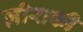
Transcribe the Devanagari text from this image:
ज़ीराकी